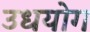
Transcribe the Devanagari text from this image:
उधयोग